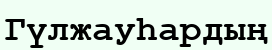
Гүлжауһардың